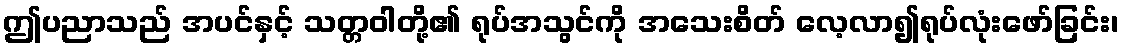
ဤပညာသည် အပင်နှင့် သတ္တဝါတို့၏ ရုပ်အသွင်ကို အသေးစိတ် လေ့လာ၍ရုပ်လုံးဖော်ခြင်း၊